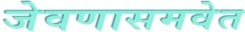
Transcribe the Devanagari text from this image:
जेवणासमवेत